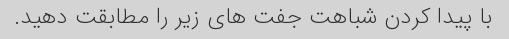
با پیدا کردن شباهت جفت های زیر را مطابقت دهید.